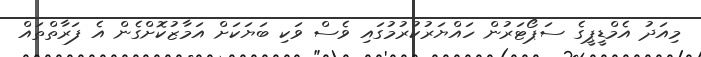
މިއަދު އެމްޑީޕީގެ ސަޕޯޓަރުން ހައްޔަރުކުރުމުގައި ވެސް ވަކި ބަޔަކަށް އަމާޒުކޮށްގެން އެ ފަރާތްތައް